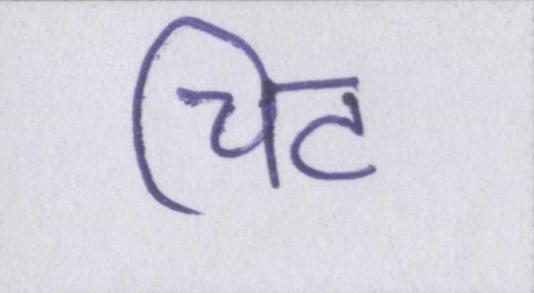
चिट